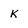
Character: k